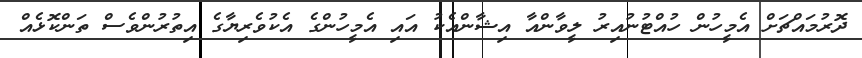
ދޮރުމައްޗަށް އެމީހުން ހުއްޓުނުއިރު ލީވާންއާ އިޝާންއެކު އައި އެމީހުންގެ އެކުވެރިޔާގެ އިތުރުންވެސް ތަންކޮޅެއް